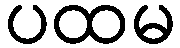
ပထမ